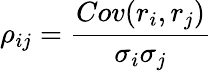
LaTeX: \rho_{ij}=\frac{Cov(r_{i},r_{j})}{\sigma_{i}\sigma_{j}}